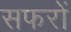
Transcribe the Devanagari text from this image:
सफरों